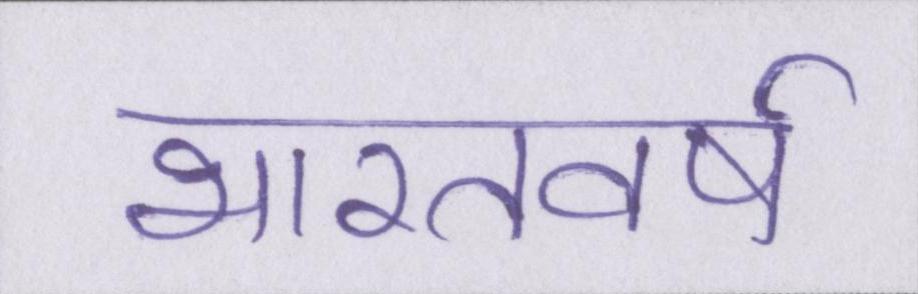
भारतवर्ष